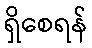
ရှိစေရန်